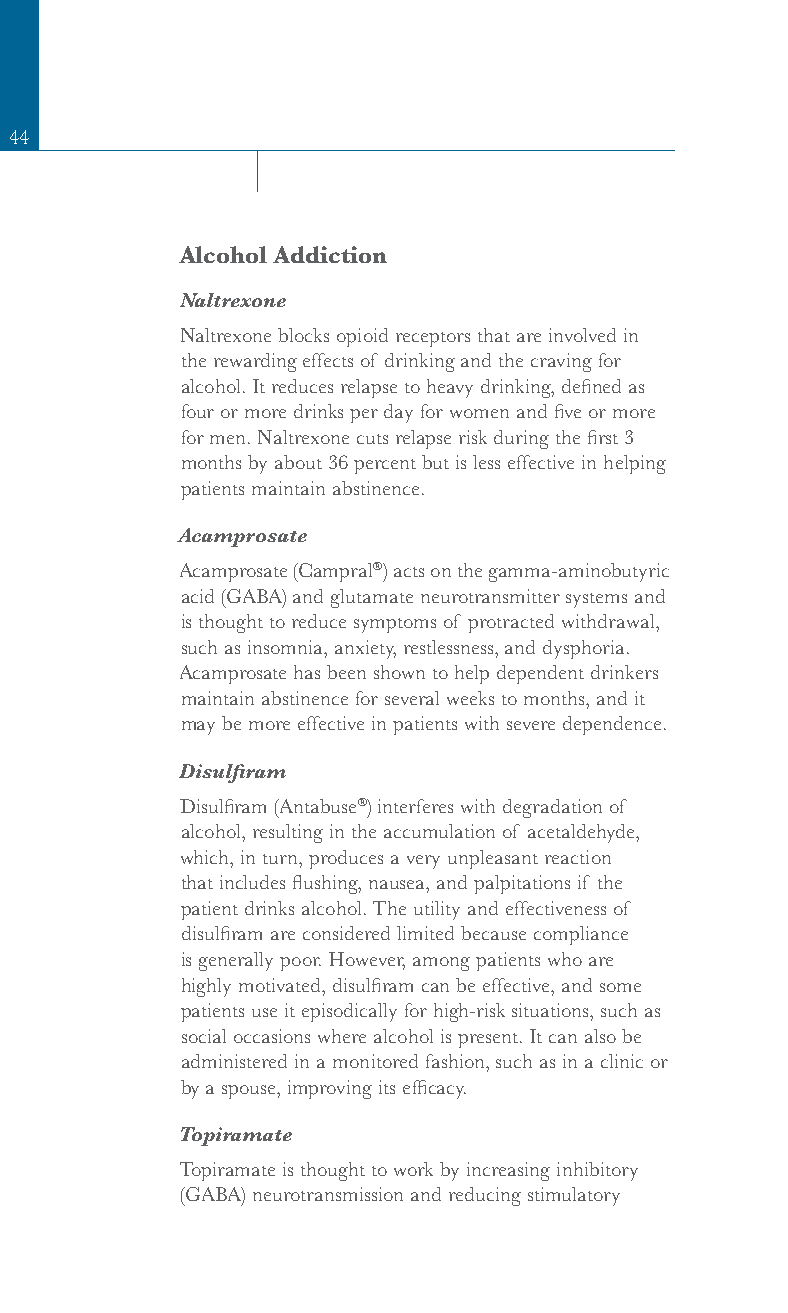
44
 Alcohol Addiction
 Naltrexone
 Naltrexone blocks opioid receptors that are involved in
 the rewarding effects of drinking and the craving for
 alcohol. It reduces relapse to heavy drinking, defined as
 four or more drinks per day for women and five or more
 for men. Naltrexone cuts relapse risk during the first 3
 months by about 36 percent but is less effective in helping
 patients maintain abstinence.
 Acamprosate
 Acamprosate (Campral®) acts on the gamma-aminobutyric
 acid (GABA) and glutamate neurotransmitter systems and
 is thought to reduce symptoms of protracted withdrawal,
 such as insomnia, anxiety, restlessness, and dysphoria.
 Acamprosate has been shown to help dependent drinkers
 maintain abstinence for several weeks to months, and it
 may be more effective in patients with severe dependence.
 Disulfiram
 Disulfiram (Antabuse®) interferes with degradation of
 alcohol, resulting in the accumulation of acetaldehyde,
 which, in turn, produces a very unpleasant reaction
 that includes flushing, nausea, and palpitations if the
 patient drinks alcohol. The utility and effectiveness of
 disulfiram are considered limited because compliance
 is generally poor. However, among patients who are
 highly motivated, disulfiram can be effective, and some
 patients use it episodically for high-risk situations, such as
 social occasions where alcohol is present. It can also be
 administered in a monitored fashion, such as in a clinic or
 by a spouse, improving its efficacy.
 Topiramate
 Topiramate is thought to work by increasing inhibitory
 (GABA) neurotransmission and reducing stimulatory